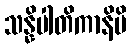
သန္နိပါတိကာနိပိ